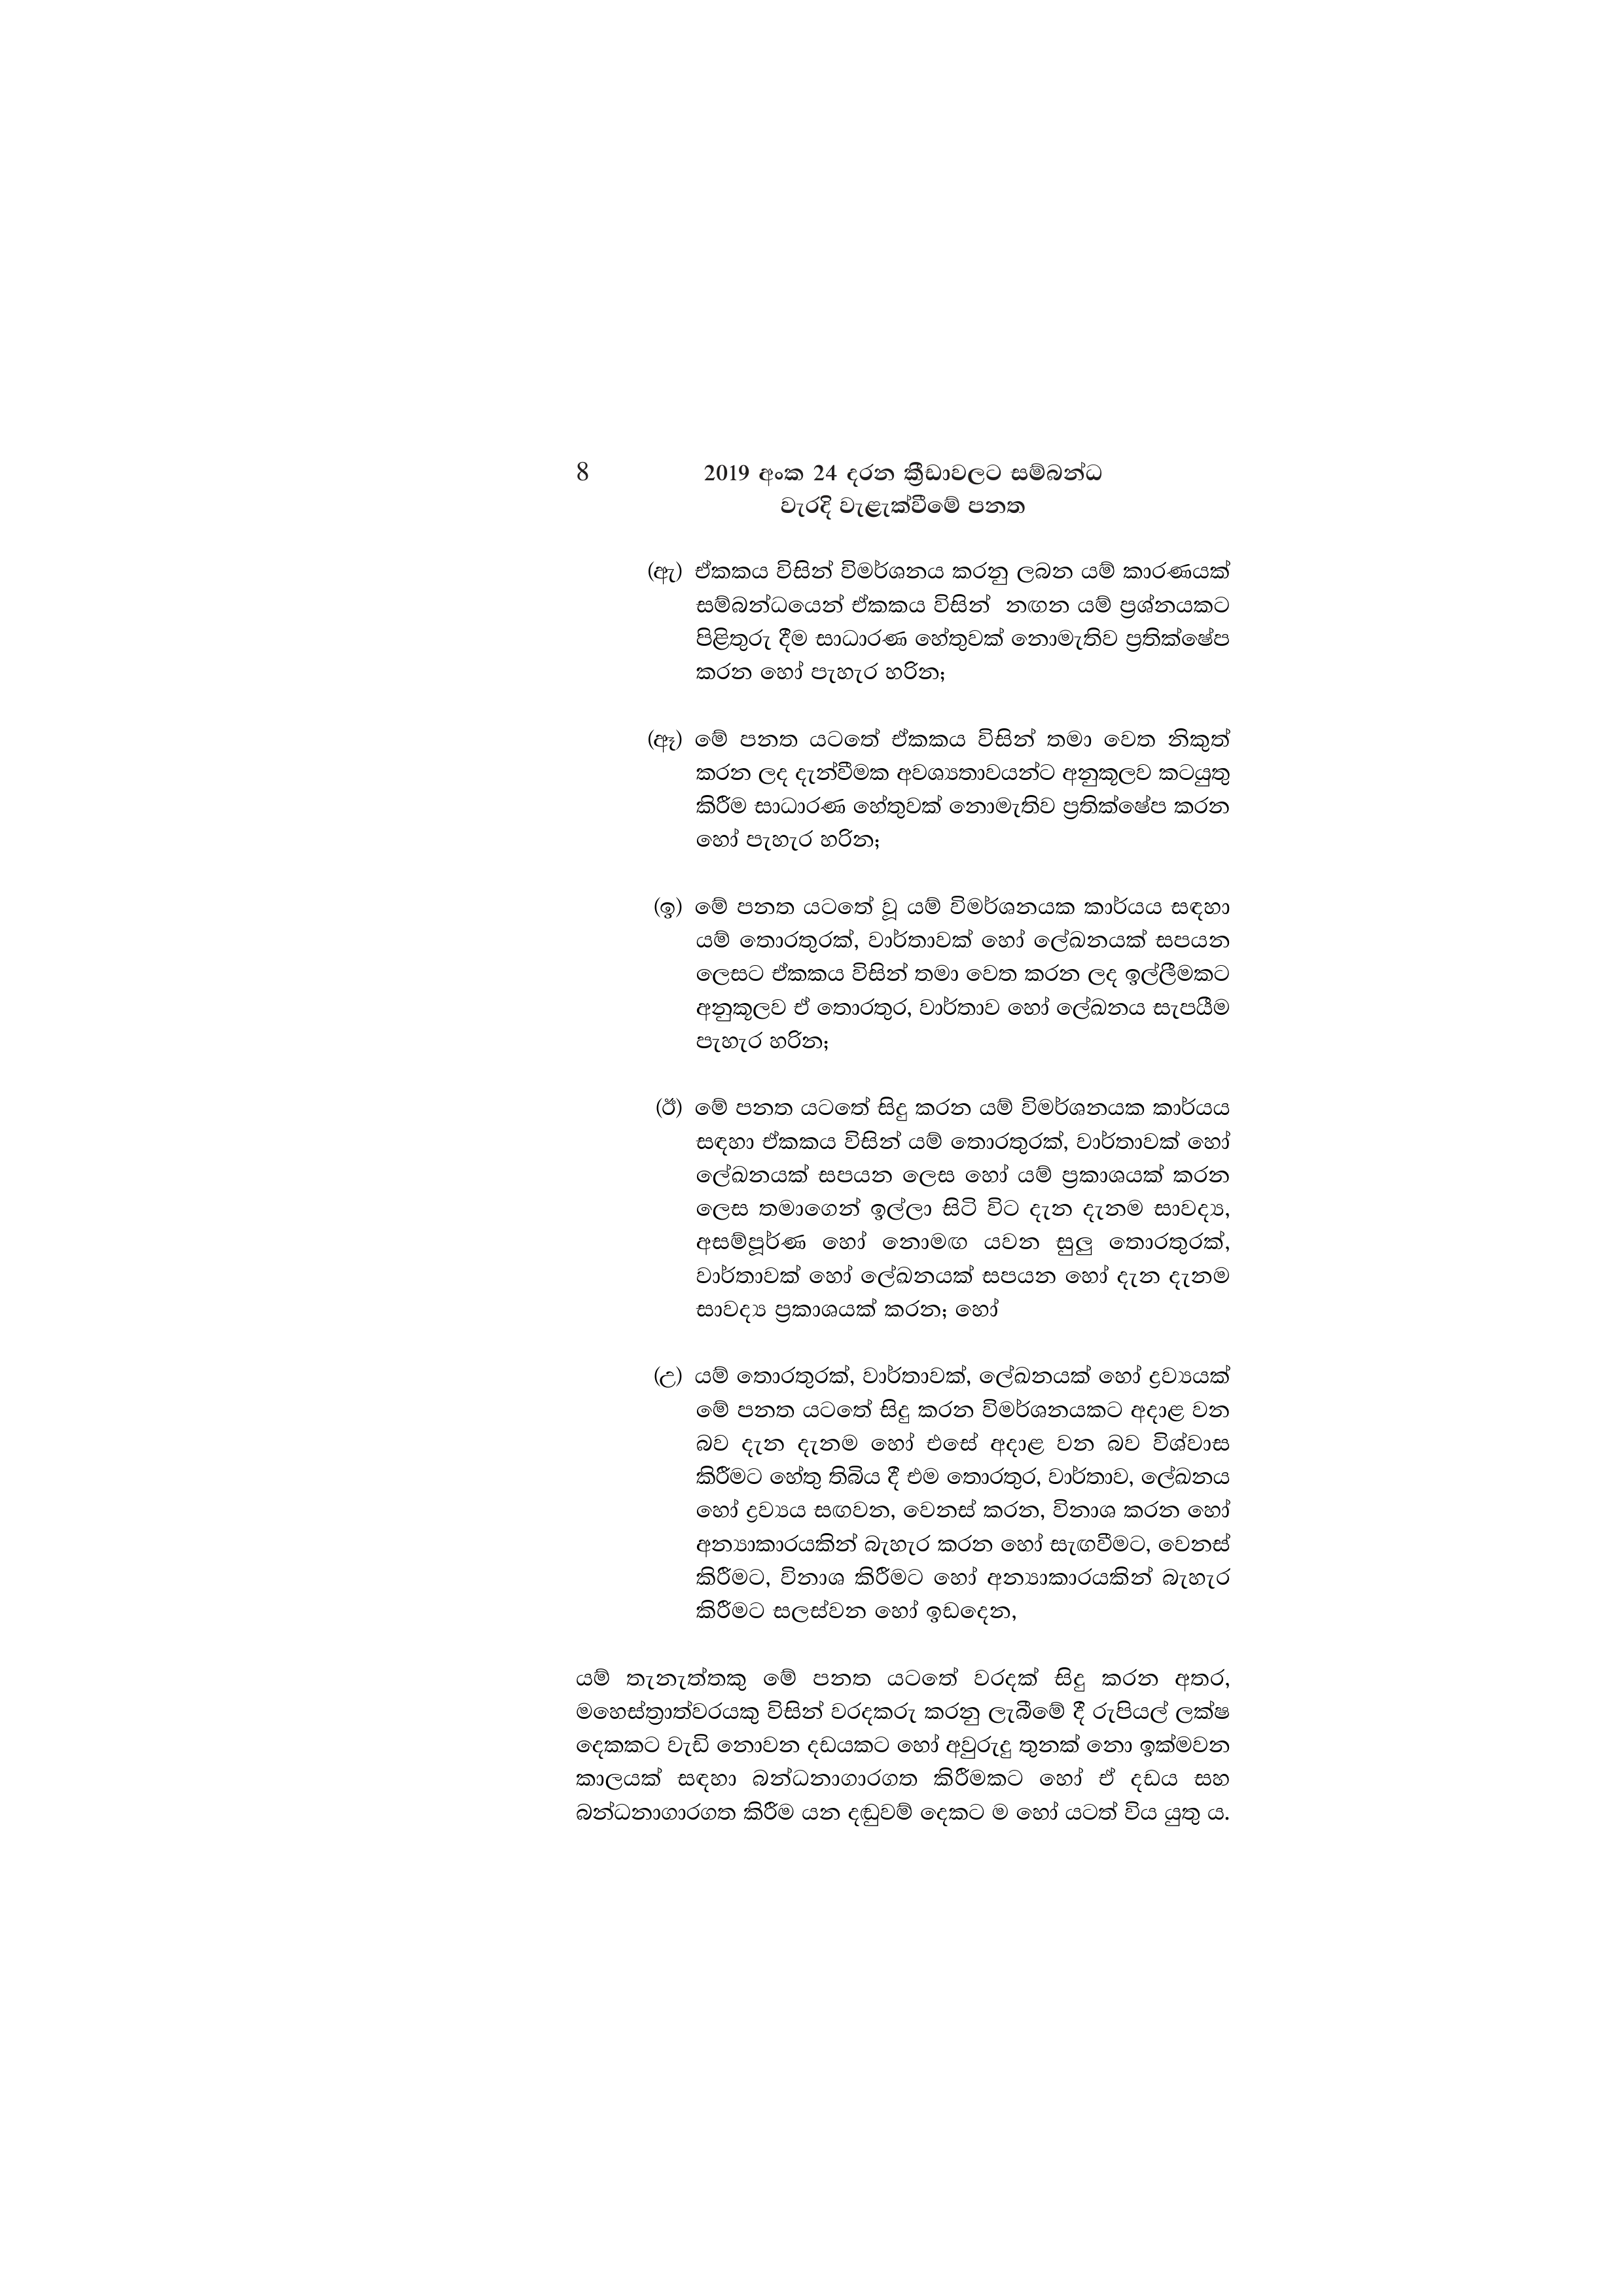
8 2019 අංක 24 දරන ක්‍රීඩාවලට සම්බන්ධ
වැරදි වැළැක්වීමේ පනත

(ඇ) ඒකකය විසින් විමර්ශනය කරනු ලබන යම් කාරණයක්
සම්බන්ධයෙන් ඒකකය විසින් නඟන යම් ප්‍රශ්නයකට
පිළිතුරු දීම සාධාරණ හේතුවක් නොමැතිව ප්‍රතික්ෂේප
කරන හෝ පැහැර හරින;

(ඈ) මේ පනත යටතේ ඒකකය විසින් තමා වෙත නිකුත්
කරන ලද දැන්වීමක අවශ්‍යතාවයන්ට අනුකූලව කටයුතු
කිරීම සාධාරණ හේතුවක් නොමැතිව ප්‍රතික්ෂේප කරන
හෝ පැහැර හරින;

(ඉ) මේ පනත යටතේ වූ යම් විමර්ශනයක කාර්යය සඳහා
යම් තොරතුරක්, වාර්තාවක් හෝ ලේඛනයක් සපයන
ලෙසට ඒකකය විසින් තමා වෙත කරන ලද ඉල්ලීමකට
අනුකූලව ඒ තොරතුර, වාර්තාව හෝ ලේඛනය සැපයීම
පැහැර හරින;

(ඊ) මේ පනත යටතේ සිදු කරන යම් විමර්ශනයක කාර්යය
සඳහා ඒකකය විසින් යම් තොරතුරක්, වාර්තාවක් හෝ
ලේඛනයක් සපයන ලෙස හෝ යම් ප්‍රකාශයක් කරන
ලෙස තමාගෙන් ඉල්ලා සිටි විට දැන දැනම සාවද්‍ය,
අසම්පූර්ණ හෝ නොමඟ යවන සුලු තොරතුරක්,
වාර්තාවක් හෝ ලේඛනයක් සපයන හෝ දැන දැනම
සාවද්‍ය ප්‍රකාශයක් කරන; හෝ

(උ) යම් තොරතුරක්, වාර්තාවක්, ලේඛනයක් හෝ ද්‍රව්‍යයක්
මේ පනත යටතේ සිදු කරන විමර්ශනයකට අදාළ වන
බව දැන දැනම හෝ එසේ අදාළ වන බව විශ්වාස
කිරීමට හේතු තිබිය දී එම තොරතුර, වාර්තාව, ලේඛනය
හෝ ද්‍රව්‍යය සඟවන, වෙනස් කරන, විනාශ කරන හෝ
අන්‍යාකාරයකින් බැහැර කරන හෝ සැඟවීමට, වෙනස්
කිරීමට, විනාශ කිරීමට හෝ අන්‍යාකාරයකින් බැහැර
කිරීමට සලස්වන හෝ ඉඩදෙන,

යම් තැනැත්තකු මේ පනත යටතේ වරදක් සිදු කරන අතර,
මහෙස්ත්‍රාත්වරයකු විසින් වරදකරු කරනු ලැබීමේ දී රුපියල් ලක්ෂ
දෙකකට වැඩි නොවන දඩයකට හෝ අවුරුදු තුනක් නො ඉක්මවන
කාලයක් සඳහා බන්ධනාගාරගත කිරීමකට හෝ ඒ දඩය සහ
බන්ධනාගාරගත කිරීම යන දඬුවම් දෙකට ම හෝ යටත් විය යුතු ය.